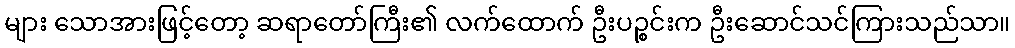
များ သောအားဖြင့်တော့ ဆရာတော်ကြီး၏ လက်ထောက် ဦးပဉ္စင်းက ဦးဆောင်သင်ကြားသည်သာ။